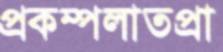
প্রকম্পলাতপ্রা